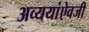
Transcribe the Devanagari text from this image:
अव्ययांऐवजी